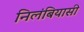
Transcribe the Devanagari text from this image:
निलंबियासी